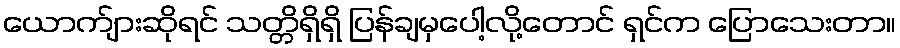
ယောက်ျားဆိုရင် သတ္တိရှိရှိ ပြန်ချမှပေါ့လို့တောင် ရှင်က ပြောသေးတာ။